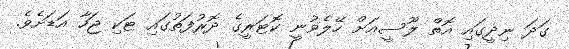
ގަދަ ނިދީގައި އޮތް ލޫސީއަށް ހޭލެވުނީ ކޮޓަރީގެ ދޮރުފަތުގައި ޓަކި ޖަހާ އަޑަށެވެ.